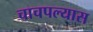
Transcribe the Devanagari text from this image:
चाचपल्यास